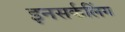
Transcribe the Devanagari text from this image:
इनसर्कलिंग